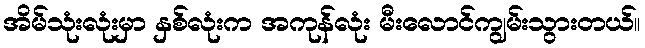
အိမ်သုံးလုံးမှာ နှစ်လုံးက အကုန်လုံး မီးလောင်ကျွမ်းသွားတယ်။